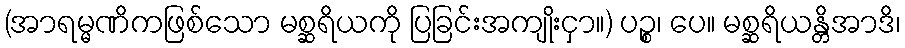
(အာရမ္မဏိကဖြစ်သော မစ္ဆရိယကို ပြခြင်းအကျိုးငှာ။) ပဉ္စ၊ ပေ။ မစ္ဆရိယန္တိအာဒိ၊